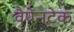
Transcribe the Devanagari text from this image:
वैपेनटेक